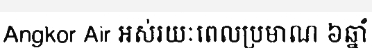
Angkor Air អស់រយៈពេលប្រមាណ ៦ឆ្នាំ